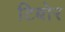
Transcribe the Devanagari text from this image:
टिबोर